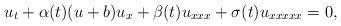
LaTeX: \begin{align*}u_t+\alpha(t)(u+b)u_x+\beta(t)u_{xxx}+\sigma(t)u_{xxxxx}=0,\end{align*}